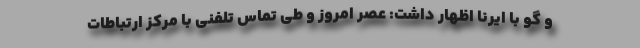
و گو با ایرنا اظهار داشت: عصر امروز و طی تماس تلفنی با مرکز ارتباطات